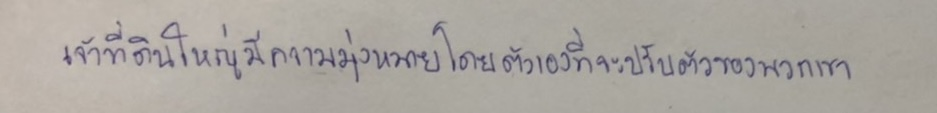
เจ้าที่ดินใหญ่มีความมุ่งหมายโดยตัวเองที่จะปรับตัวของพวกเขา